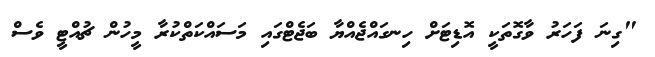
"ގިނަ ފަހަރު ވާގޮތަކީ އޮޑިޓަށް ހިނގައްޖެއްޔާ ބަޖެޓްގައި މަސައްކަތްކުރާ މީހުން ޗުއްޓީ ވެސް